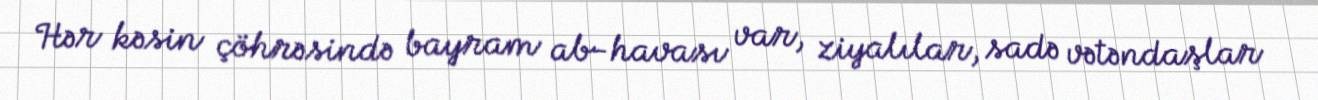
Hər kəsin çöhrəsində bayram ab-havası var, ziyalılar, sadə vətəndaşlar